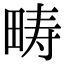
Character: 畴